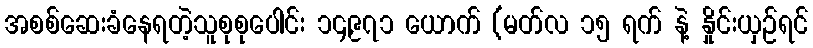
အစစ်ဆေးခံနေရတဲ့သူစုစုပေါင်း ၁၄,၉၇၁ ယောက် (မတ်လ ၁၅ ရက် နဲ့ နှိုင်းယှဉ်ရင်